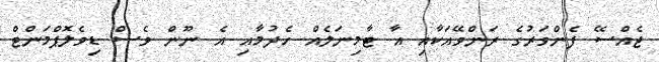
ޖެއްސޭ ފެންވަރުގެ ރަންވޭއަކާއި އާ ޓާމިނަލެއް ހެދުމާއި އެ ނޫން ވެސް ޑިވެލޮޕްމަންޓް